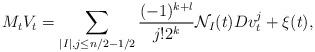
LaTeX: \begin{align*}M_t V_t=\sum_{|I|,j\leq n/2-1/2}\frac{(-1)^{k+l}}{j!2^k}\mathcal N_{I}(t)Dv_t^j+\xi(t),\end{align*}